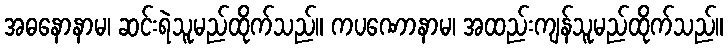
အဓနောနာမ၊ ဆင်းရဲသူမည်ထိုက်သည်။ ကပဏောနာမ၊ အထည်းကျန်သူမည်ထိုက်သည်။